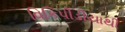
વિકિપીડીયાથી